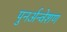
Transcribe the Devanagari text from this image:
पुनर्अन्वेशण